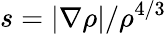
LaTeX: s=|\nabla\rho|/\rho^{4/3}